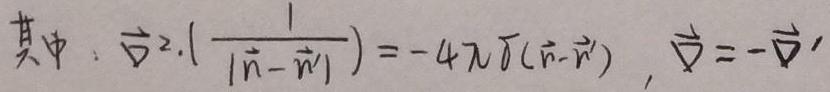
其中：$\vec{\nabla}^2\cdot(\frac{1}{|\vec{r}-\vec{r}'|})=-4\pi\delta(\vec{r}-\vec{r}')$，$\vec{\nabla}=-\vec{\nabla}'$